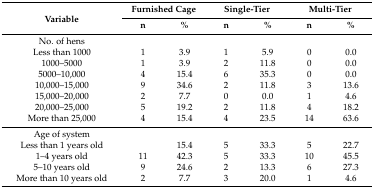
| <ROWSPAN=2> Variable | <COLSPAN=2> Furnished Cage | <COLSPAN=2> Single-Tier | <COLSPAN=2> Multi-Tier |
 | n | % | n | % | n | % |
 | --- | --- | --- | --- | --- | --- | --- |
 | No. of hens |  |  |  |  |  |  |
 | Less than 1000 | 1 | 3.9 | 1 | 5.9 | 0 | 0.0 |
 | 1000–5000 | 1 | 3.9 | 2 | 11.8 | 0 | 0.0 |
 | 5000–10,000 | 4 | 15.4 | 6 | 35.3 | 0 | 0.0 |
 | 10,000–15,000 | 9 | 34.6 | 2 | 11.8 | 3 | 13.6 |
 | 15,000–20,000 | 2 | 7.7 | 0 | 0.0 | 1 | 4.6 |
 | 20,000–25,000 | 5 | 19.2 | 2 | 11.8 | 4 | 18.2 |
 | More than 25,000 | 4 | 15.4 | 4 | 23.5 | 14 | 63.6 |
 | Age of system |  |  |  |  |  |  |
 | Less than 1 years old |  | 15.4 | 5 | 33.3 | 5 | 22.7 |
 | 1–4 years old | 11 | 42.3 | 5 | 33.3 | 10 | 45.5 |
 | 5–10 years old | 9 | 24.6 | 2 | 13.3 | 6 | 27.3 |
 | More than 10 years old | 2 | 7.7 | 3 | 20.0 | 1 | 4.6 |